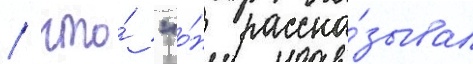
/ что́ "о́н расска́зывал